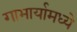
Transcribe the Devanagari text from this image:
गाभार्यामध्ये